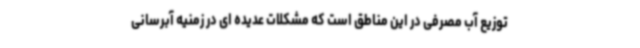
توزیع آب مصرفی در این مناطق است که مشکلات عدیده ای در زمنیه آبرسانی